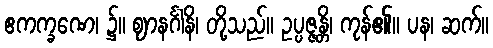
ဧကက္ခဏေ၊ ၌။ ဈာနင်္ဂါနိ၊ တို့သည်။ ဥပ္ပဇ္ဇန္တိ၊ ကုန်၏။ ပန၊ ဆက်။